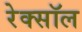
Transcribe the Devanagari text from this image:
रेक्सॉल